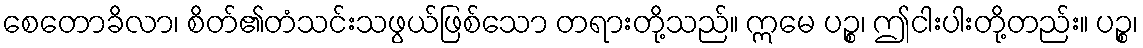
စေတောခိလာ၊ စိတ်၏တံသင်းသဖွယ်ဖြစ်သော တရားတို့သည်။ ဣမေ ပဉ္စ၊ ဤငါးပါးတို့တည်း။ ပဉ္စ၊